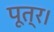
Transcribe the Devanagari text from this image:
पूत्र।